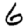
Digit: 6